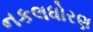
નકલધોરણ